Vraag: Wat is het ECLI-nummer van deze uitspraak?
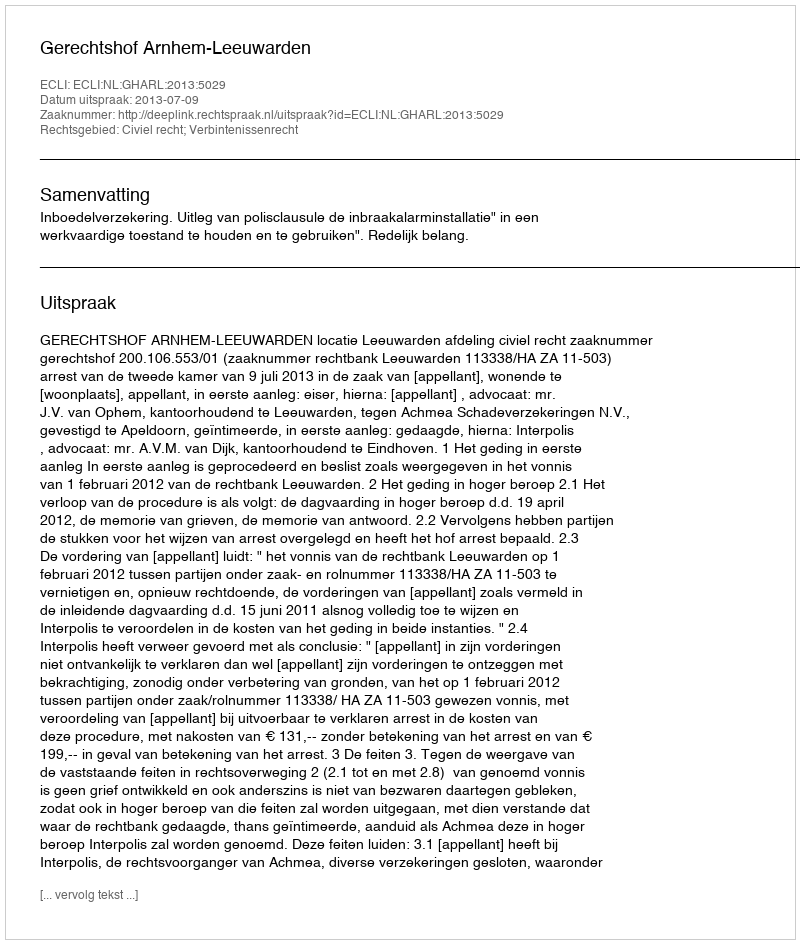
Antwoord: ECLI:NL:GHARL:2013:5029